Annual vaccination report of Bihar and Orissa - 1911-1928
Year: 1911
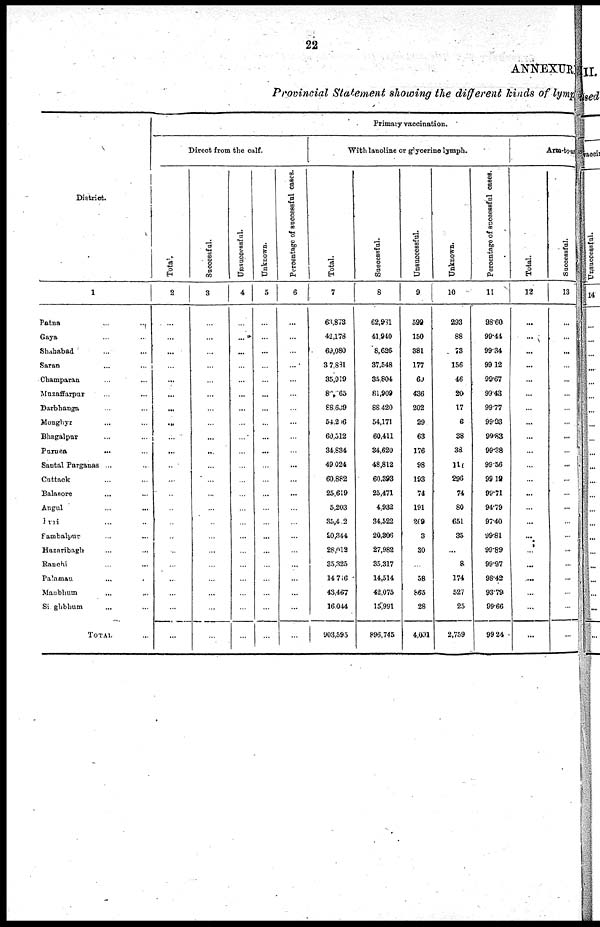
22
ANNEXUR
Provincial Statement showing the different kinds of lymp
District.
1
Patna
...
...
Gaya ... ...
Shahabad ... ...
Saran ... ...
Champaran ... ...
Muzaffarpur ... ...
Darbhanga ... ...
Monghyr ... ...
Bhagalpur ... ...
Purnea
...
...
Santal Parganas ... ...
Cuttack ... ...
Balasore ... ...
Angul ... ...
Puri ... ...
Sambalpur ... ...
Hazaribagh ... ...
Ranchi ... ...
Palamau ... ...
Maubhum
...
...
Singhbhum ... ...
TOTAL ...
Primary vaccination.
Direct from the calf.
Total.
2
...
...
...
...
...
...
...
...
...
...
...
...
...
...
...
...
...
...
...
...
...
...
Successful.
3
...
...
...
...
...
...
...
...
...
...
...
...
...
...
...
...
...
...
...
...
...
...
Unsuccessful.
4
...
...
...
...
...
...
...
...
...
...
...
...
...
...
...
...
...
...
...
...
...
...
Unknown.
5
...
...
...
...
...
...
...
...
...
...
...
...
...
...
...
...
...
...
...
...
...
...
Percentage of successful cases.
6
...
...
...
...
...
...
...
...
...
...
...
...
...
...
...
...
...
...
...
...
...
...
With lanoline or glycerine lymph.
Total.
7
63,873
42,178
69,080
37,881
35,919
82,265
88,639
54,206
60,512
34,834
49,024
60,882
25,619
5,203
35,402
20,344
28,012
35,325
14,716
43,467
16,044
903,595
Successful.
8
62,981
41,940
8,626
37,548
35,804
81,909
88,420
54,171
60,411
34,620
48,812
60,393
25,471
4,932
34,522
20,306
27,982
35,317
14,514
42,075
15,991
896,745
Unsuccessful.
9
599
150
381
177
60
436
202
29
63
176
98
193
74
191
209
3
30
...
58
865
28
4,001
Unknown.
10
293
88
73
156
46
20
17
6
38
38
114
296
74
80
651
35
...
8
174
527
25
2,759
Percentage of successful cases.
11
98.60
99.44
99.34
99.12
99.67
99.43
99.77
99.93
99.83
99.38
99.56
99.12
99.71
94.79
97.40
99.81
99.89
99.97
98.42
93.79
99.66
99.24
Arm-to-arm
Total.
12
...
...
...
...
...
...
...
...
...
...
...
...
...
...
...
...
...
...
...
...
...
...
Successful.
13
...
...
...
...
...
...
...
...
...
...
...
...
...
...
...
...
...
...
...
...
...
...